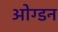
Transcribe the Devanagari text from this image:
ओग्डन